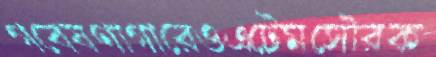
গবেষণাগারেওএটেমসৌরক